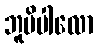
ဘူမိပါလော